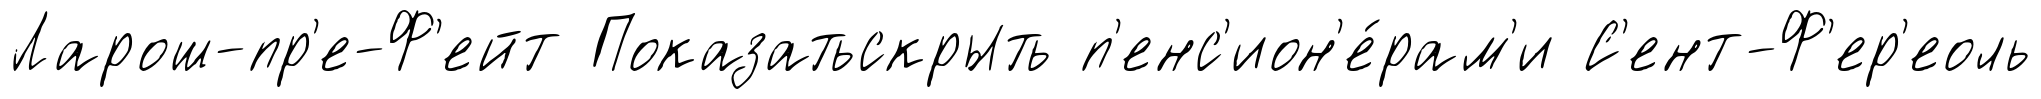
Ларош-пр'е-Ф'ейт Показатьскрыть п'енс'ион'е́рам'и С'ент-Ф'ер'еоль